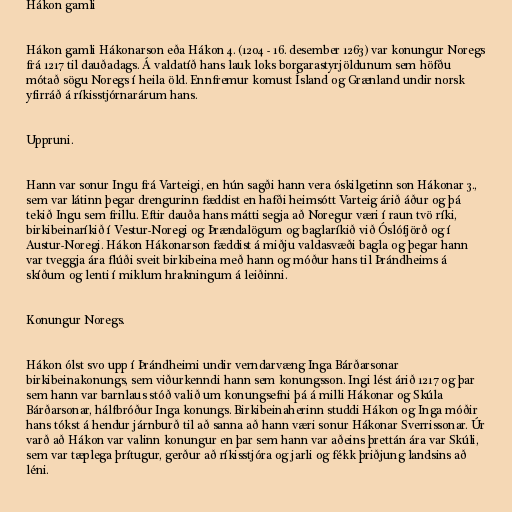
Hákon gamli

Hákon gamli Hákonarson eða Hákon 4. (1204 - 16. desember 1263) var konungur Noregs
frá 1217 til dauðadags. Á valdatíð hans lauk loks borgarastyrjöldunum sem höfðu
mótað sögu Noregs í heila öld. Ennfremur komust Ísland og Grænland undir norsk
yfirráð á ríkisstjórnarárum hans.

Uppruni.

Hann var sonur Ingu frá Varteigi, en hún sagði hann vera óskilgetinn son Hákonar 3.,
sem var látinn þegar drengurinn fæddist en hafði heimsótt Varteig árið áður og þá
tekið Ingu sem frillu. Eftir dauða hans mátti segja að Noregur væri í raun tvö ríki,
birkibeinaríkið í Vestur-Noregi og Þrændalögum og baglaríkið við Óslófjörð og í
Austur-Noregi. Hákon Hákonarson fæddist á miðju valdasvæði bagla og þegar hann
var tveggja ára flúði sveit birkibeina með hann og móður hans til Þrándheims á
skíðum og lenti í miklum hrakningum á leiðinni.

Konungur Noregs.

Hákon ólst svo upp í Þrándheimi undir verndarvæng Inga Bárðarsonar
birkibeinakonungs, sem viðurkenndi hann sem konungsson. Ingi lést árið 1217 og þar
sem hann var barnlaus stóð valið um konungsefni þá á milli Hákonar og Skúla
Bárðarsonar, hálfbróður Inga konungs. Birkibeinaherinn studdi Hákon og Inga móðir
hans tókst á hendur járnburð til að sanna að hann væri sonur Hákonar Sverrissonar. Úr
varð að Hákon var valinn konungur en þar sem hann var aðeins þrettán ára var Skúli,
sem var tæplega þrítugur, gerður að ríkisstjóra og jarli og fékk þriðjung landsins að
léni.